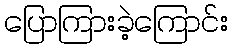
ပြောကြားခဲ့ကြောင်း